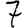
Digit: 7